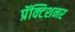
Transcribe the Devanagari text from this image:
प्रॅक्टिशनर